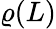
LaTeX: \varrho(L)